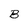
Character: B